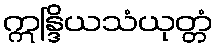
ဣန္ဒြိယသံယုတ္တံ